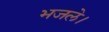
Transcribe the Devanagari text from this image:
भजले।